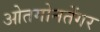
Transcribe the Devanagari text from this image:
ओतगोनतेंगर